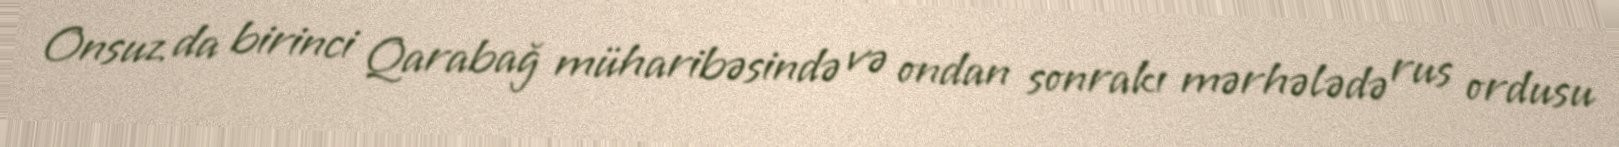
Onsuz da birinci Qarabağ müharibəsində və ondan sonrakı mərhələdə rus ordusu